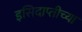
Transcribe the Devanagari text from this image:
इसिदाप्तीच्या